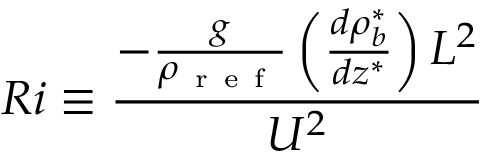
R i \equiv \frac { - \frac { g } { \rho _ { \mathrm { ~ r ~ e ~ f ~ } } } \left( \frac { d \rho _ { b } ^ { * } } { d z ^ { * } } \right) L ^ { 2 } } { U ^ { 2 } }